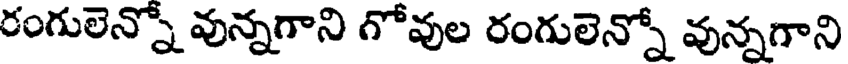
రంగులెన్నో వున్నగాని గోవుల రంగులెన్నో వున్నగాని